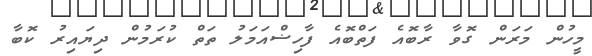
މީހުން މަރަން ގޮވާ ރާބޮއެ ފަތްބޮއެ ފާހިޟްއަމަލު ތަތް ކުރަމުން ދިޔައިރު ކޮބާ